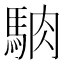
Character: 𩣀